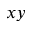
x y